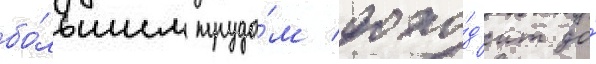
бо́льшим трудо́м дохо́д'ит до́